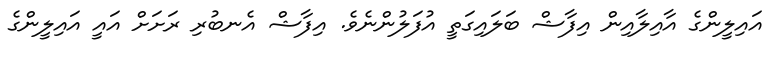
އައިލީންގެ އާއިލާއިން އިފާޝް ބަލައިގަތީ އުފަލުންނެވެ. އިފާޝް އެނބުރި ރަށަށް އައީ އައިލީންގެ